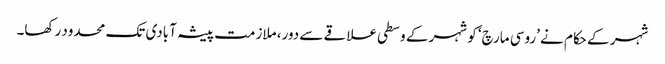
شہر کے حکام نے ’روسی مارچ‘ کو شہر کے وسطی علاقے سے دور، ملازمت پیشہ آبادی تک محدود رکھا۔